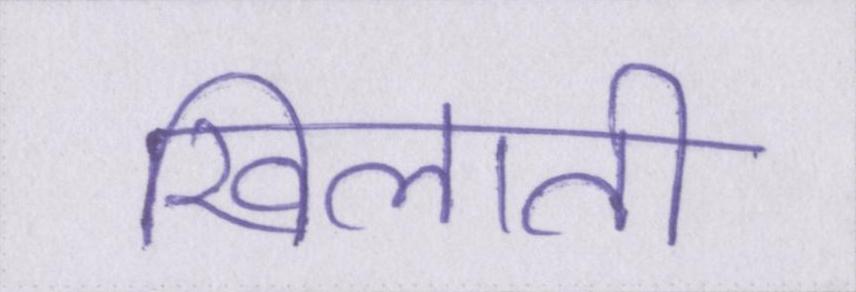
खिलाती